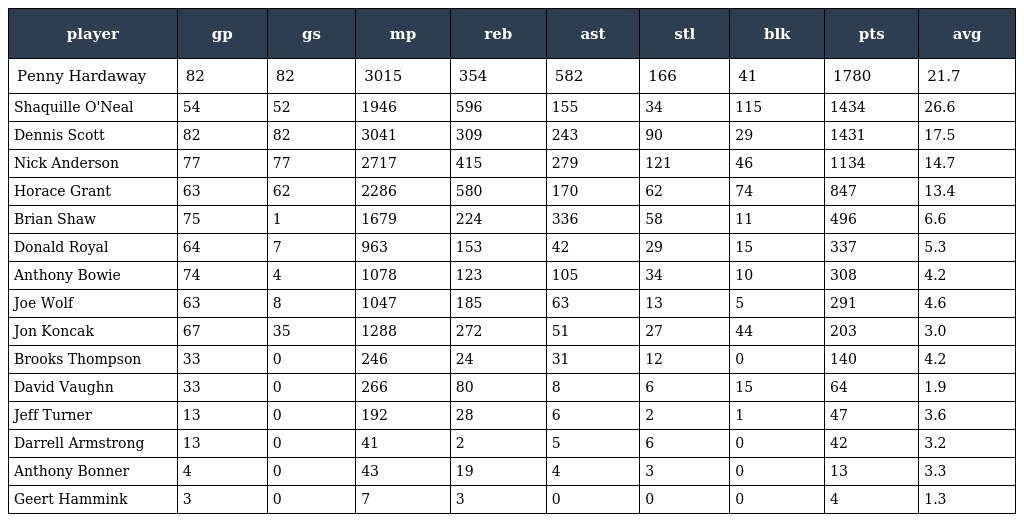
| player | gp | gs | mp | reb | ast | stl | blk | pts | avg |
 | --- | --- | --- | --- | --- | --- | --- | --- | --- | --- |
 | Penny Hardaway | 82 | 82 | 3015 | 354 | 582 | 166 | 41 | 1780 | 21.7 |
 | Shaquille O'Neal | 54 | 52 | 1946 | 596 | 155 | 34 | 115 | 1434 | 26.6 |
 | Dennis Scott | 82 | 82 | 3041 | 309 | 243 | 90 | 29 | 1431 | 17.5 |
 | Nick Anderson | 77 | 77 | 2717 | 415 | 279 | 121 | 46 | 1134 | 14.7 |
 | Horace Grant | 63 | 62 | 2286 | 580 | 170 | 62 | 74 | 847 | 13.4 |
 | Brian Shaw | 75 | 1 | 1679 | 224 | 336 | 58 | 11 | 496 | 6.6 |
 | Donald Royal | 64 | 7 | 963 | 153 | 42 | 29 | 15 | 337 | 5.3 |
 | Anthony Bowie | 74 | 4 | 1078 | 123 | 105 | 34 | 10 | 308 | 4.2 |
 | Joe Wolf | 63 | 8 | 1047 | 185 | 63 | 13 | 5 | 291 | 4.6 |
 | Jon Koncak | 67 | 35 | 1288 | 272 | 51 | 27 | 44 | 203 | 3.0 |
 | Brooks Thompson | 33 | 0 | 246 | 24 | 31 | 12 | 0 | 140 | 4.2 |
 | David Vaughn | 33 | 0 | 266 | 80 | 8 | 6 | 15 | 64 | 1.9 |
 | Jeff Turner | 13 | 0 | 192 | 28 | 6 | 2 | 1 | 47 | 3.6 |
 | Darrell Armstrong | 13 | 0 | 41 | 2 | 5 | 6 | 0 | 42 | 3.2 |
 | Anthony Bonner | 4 | 0 | 43 | 19 | 4 | 3 | 0 | 13 | 3.3 |
 | Geert Hammink | 3 | 0 | 7 | 3 | 0 | 0 | 0 | 4 | 1.3 |